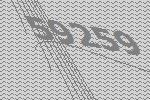
59259